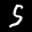
Label: 5